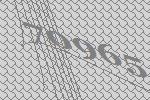
70965